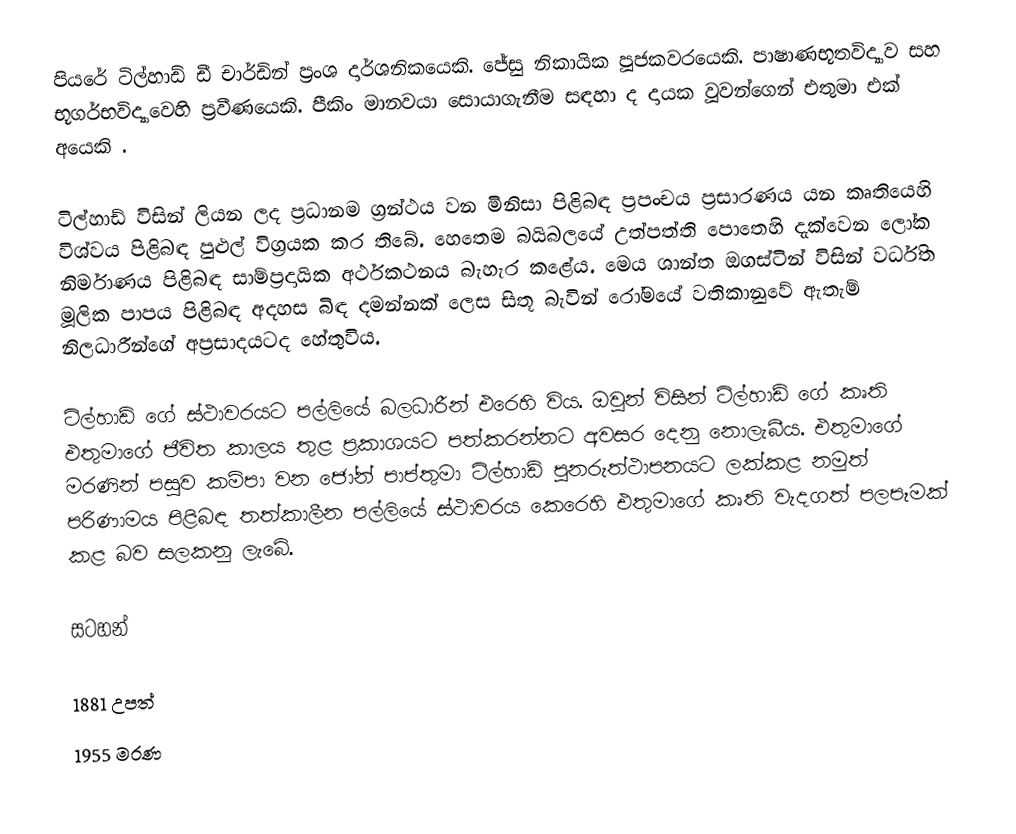
පියරේ ටිල්හාඩ් ඩී චාර්ඩින් ප‍්‍රංශ දාර්ශනිකයෙකි. ජේසු නිකායික පූජකවරයෙකි. පාෂාණභූතවිද්‍යාව සහ භූගර්භවිද්‍යාවෙහි ප‍්‍රවීණයෙකි. පීකිං මානවයා සොයාගැනීම සඳහා ද දායක වූවන්ගෙන් එතුමා එක් අයෙකි .

ටිල්හාඩ් විසින් ලියන ලද ප්‍රධානම ග‍්‍රන්ථය වන මිනිසා පිළිබඳ ප‍්‍රපංචය ප‍්‍රසාරණය යන කෘතියෙහි විශ්වය පිළිබඳ පුළුල් විග‍්‍රයක කර තිබේ. හෙතෙම  බයිබලයේ උත්පත්ති පොතෙහි දැක්වෙන ලෝක නිර්මාණය පිළිබඳ සාම්ප‍්‍රදායික අර්ථකථනය බැහැර කළේය. මෙය ශාන්ත ඔගස්ටින් විසින් වර්ධිත මූලික පාපය පිළිබඳ අදහස බිඳ දමන්නක් ලෙස සිතූ බැවින් රෝමයේ වතිකානුවේ ඇතැම් නිලධාරීන්ගේ අප‍්‍රසාදයටද  හේතුවිය.

ටිල්හාඩ් ගේ ස්ථාවරයට පල්ලියේ බලධාරීන් එරෙහි විය. ඔවුන් විසින් ටිල්හාඩ් ගේ කෘති එතුමාගේ ජීවිත කාලය තුළ ප‍්‍රකාශයට පත්කරන්නට අවසර දෙනු නොලැබීය. එතුමාගේ මරණින් පසුව කම්පා වන ජෝන් පාප්තුමා ටිල්හාඩ් පුනරුත්ථාපනයට ලක්කළ නමුත් පරිණාමය පිළිබඳ තත්කාලීන පල්ලියේ ස්ථාවරය කෙරෙහි එතුමාගේ කෘති වැදගත් පලපෑමක් කළ බව සලකනු ලැබේ.

සටහන්

1881 උපත්
1955 මරණ